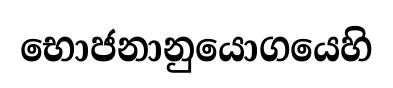
භොජනානුයොගයෙහි